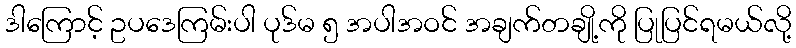
ဒါကြောင့် ဥပဒေကြမ်းပါ ပုဒ်မ ၅ အပါအဝင် အချက်တချို့ကို ပြုပြင်ရမယ်လို့